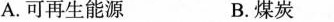
A.可再生能源 B.煤炭